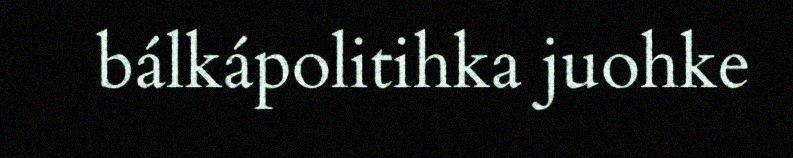
bálkápolitihka juohke